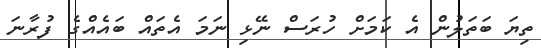
ތިޔަ ބަތަލުން އެ ކަމަށް ހުރަސް ނޭޅި ނަމަ އެތައް ބައެއްގެ ފުރާނަ